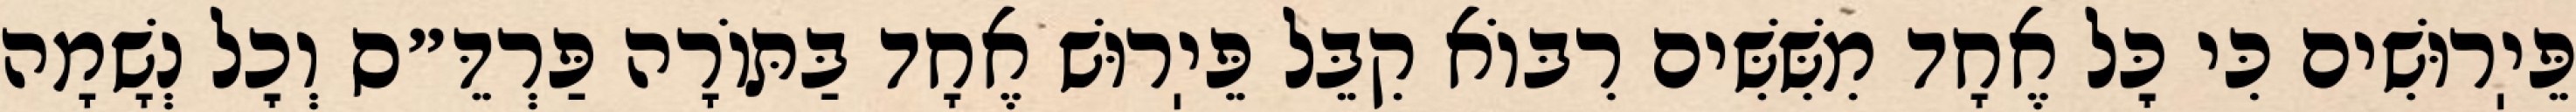
פֵּיֽרוּשִׁים כִּי כׇּל אֶחָד מִשִּׁשִּׁים רִבּוֹא קִבֵּל פֵּיֽרוּשׁ אֶחָד בַּתּוֹרָה פַּרְדֵּ״ס וְכׇל נְשָׁמָה